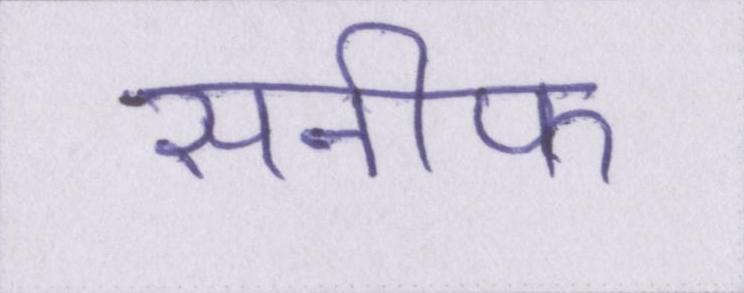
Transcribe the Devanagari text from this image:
सनीफ